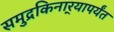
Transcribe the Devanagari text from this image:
समुद्रकिनार्‍यापर्यंत